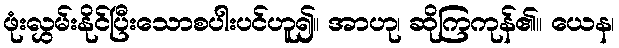
ဖုံးလွှမ်းနိုင်ပြီးသောစပါးပင်ဟူ၍။ အာဟု၊ ဆိုကြကုန်၏။ ယေန၊